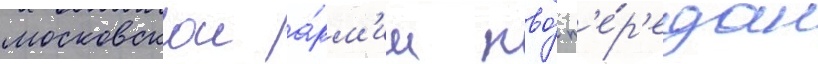
московскои а́рм'ии пво́ п'е́р'едан